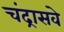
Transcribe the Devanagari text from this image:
चंद्रासवे